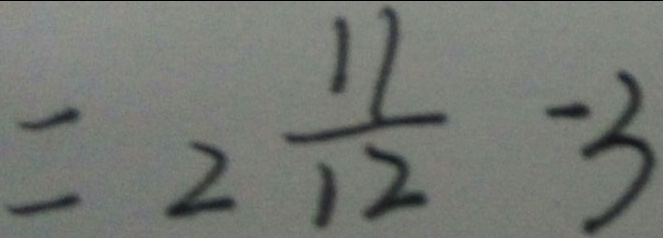
= 2 \frac { 1 1 } { 1 2 } - 3